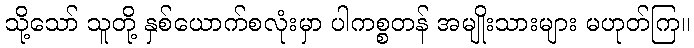
သို့သော် သူတို့ နှစ်ယောက်စလုံးမှာ ပါကစ္စတန် အမျိုးသားများ မဟုတ်ကြ။